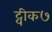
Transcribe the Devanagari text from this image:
ट्वीक७